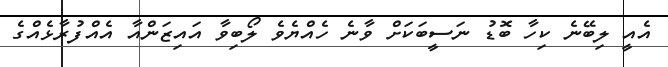
އެއީ ލިބޭނެ ކިހާ ބޮޑު ނަސީބަކަށް ވާނެ ހެއްޔެވެ ލޯބިވާ އައިޒަންއާ އެއްފުރާޅެއްގެ